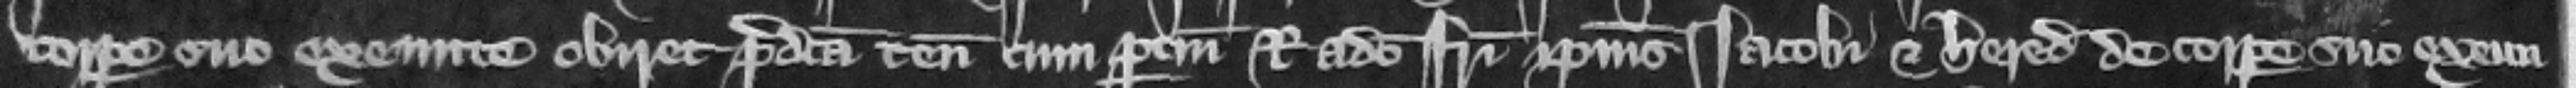
corpore suo exeunte obiret predicta tenementa cum pertinenciis Radulpho fratri ipsius Iacobi etheredibus de corpore suo exeun